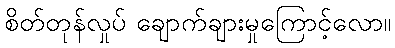
စိတ်တုန်လှုပ် ချောက်ချားမှုကြောင့်လော။